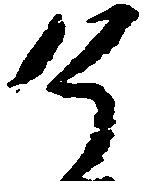
了